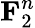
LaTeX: {\mathbf{F}}_{2}^{n}